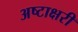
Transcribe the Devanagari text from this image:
अष्टाक्षरी